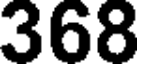
368